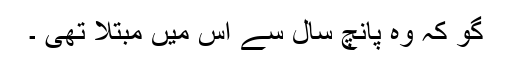
گو کہ وہ پانچ سال سے اس میں مبتلا تھی ۔